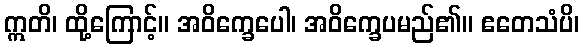
ဣတိ၊ ထို့ကြောင့်။ အဝိက္ခေပေါ၊ အဝိက္ခေပမည်၏။ ဧတေသံပိ၊